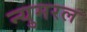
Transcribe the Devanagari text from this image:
न्युमरल